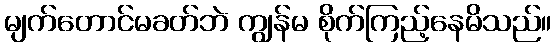
မျက်တောင်မခတ်ဘဲ ကျွန်မ စိုက်ကြည့်နေမိသည်။